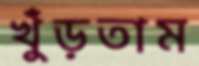
খুঁড়তাম